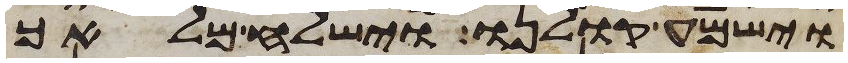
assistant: וישמע קולנו וישלח מלאך